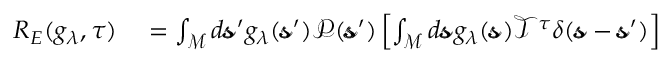
\begin{array} { r l } { R _ { E } ( g _ { \lambda } , \tau ) } & { { } = \int _ { \mathcal { M } } d \pmb { \mathscr { s } } ^ { \prime } g _ { \lambda } ( \pmb { \mathscr { s } } ^ { \prime } ) \mathscr { P } ( \pmb { \mathscr { s } } ^ { \prime } ) \left[ \int _ { \mathcal { M } } d \pmb { \mathscr { s } } g _ { \lambda } ( \pmb { \mathscr { s } } ) \mathscr { T } ^ { \tau } \delta ( \pmb { \mathscr { s } } - \pmb { \mathscr { s } } ^ { \prime } ) \right] } \end{array}